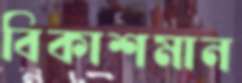
বিকাশমান